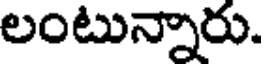
లంటున్నారు.